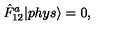
\displaystyle \hat { F } _ { 1 2 } ^ { a } | p h y s { \rangle } = 0 ,